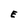
Character: E